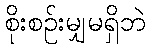
စိုးစဉ်းမျှမရှိဘဲ